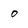
Character: o